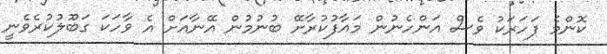
ކޮންމެ ފަހަރަކު ވެސް އަންހެނުން މައާފުކުރާށޭ ބުނުމުން އޭނާއަށް އެ ވާހަކަ ގަބޫލުކުރެވެނީ